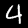
Digit: 4